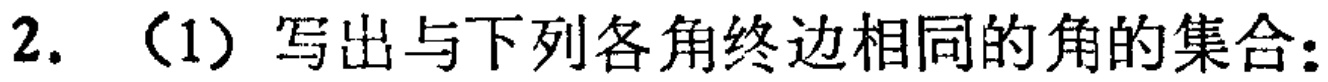
2. （1）写出与下列各角终边相同的角的集合：